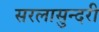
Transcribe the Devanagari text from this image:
सरलासुन्दरी